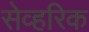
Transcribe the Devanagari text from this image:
सेव्हरिक